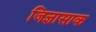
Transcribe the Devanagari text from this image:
जिज्ञासाक